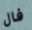
فال